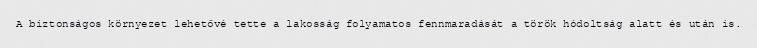
A biztonságos környezet lehetővé tette a lakosság folyamatos fennmaradását a török hódoltság alatt és után is.